Cholera in southern India
Disease focus: Cholera
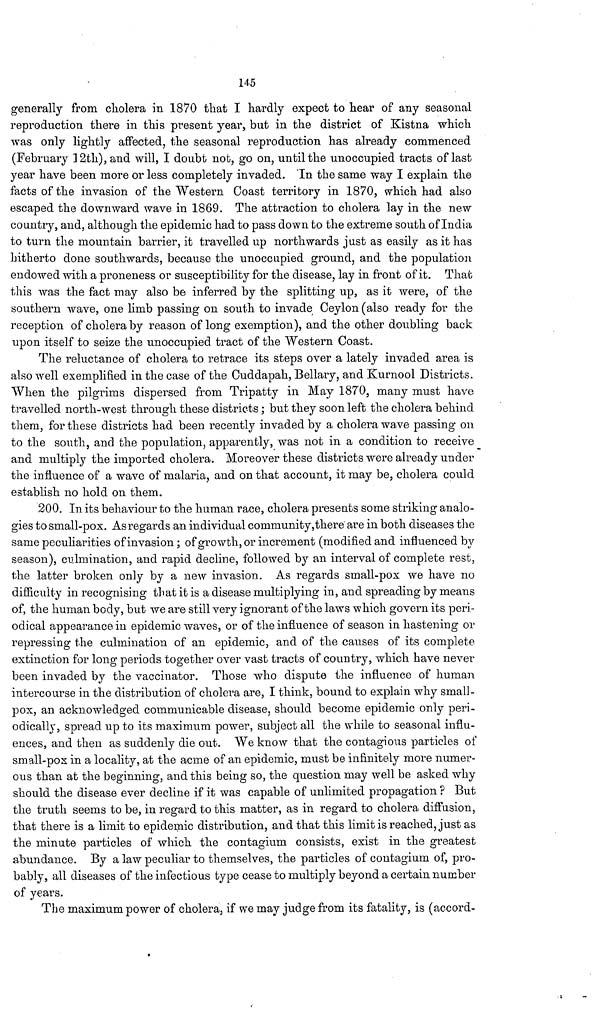
145
generally from cholera in 1870 that I hardly expect to hear of any seasonal
reproduction there in this present year, but in the district of Kistna which
was only lightly affected, the seasonal reproduction has already commenced
(February 12th), and will, I doubt not, go on, until the unoccupied tracts of last
year have been more or less completely invaded. In the same way I explain the
facts of the invasion of the Western Coast territory in 1870, which had also
escaped the downward wave in 1869. The attraction to cholera lay in the new
country, and, although the epidemic had to pass down to the extreme south of India
to turn the mountain barrier, it travelled up northwards just as easily as it has
hitherto done southwards, because the unoccupied ground, and the population
endowed with a proneness or susceptibility for the disease, lay in front of it. That
this was the fact may also be inferred by the splitting up, as it were, of the
southern wave, one limb passing on south to invade Ceylon (also ready for the
reception of cholera by reason of long exemption), and the other doubling back
upon itself to seize the unoccupied tract of the Western Coast.
Ihe reluctance of cholera to retrace its steps over a lately invaded area is
also well exemplified in the case of the Cuddapah, Bellary, and Kurnool Districts.
When the pilgrims dispersed from Tripatty in May 1870, many must have
travelled north-west through these districts ; but they soon left the cholera behind
them, for these districts had been recently invaded by a cholera wave passing on
to the south, and the population, apparently, was not in a condition to receive
and multiply the imported cholera. Moreover these districts were already under
the influence of a wave of malaria, and on that account, it may be, cholera could
establish no hold on them.
200. In its behaviour to the human race, cholera presents some striking analo-
gies to small-pox. As regards an individual community,there are in both diseases the
same peculiarities of invasion ; of growth, or increment (modified and influenced by
season), culmination, and rapid decline, followed by an interval of complete rest,
the latter broken only by a new invasion. As regards small-pox we have no
difficulty in recognising that it is a disease multiplying in, and spreading by means
of, the human body, but we are still very ignorant of the laws which govern its peri-
odical appearance in epidemic waves, or of the influence of season in hastening or
repressing the culmination of an epidemic, and of the causes of its complete
extinction for long periods together over vast tracts of country, which have never
been invaded by the vaccinator. Those who dispute the influence of human
intercourse in the distribution of cholera are, I think, bound to explain why small-
pox, an acknowledged communicable disease, should become epidemic only peri-
odically, spread up to its maximum power, subject all the while to seasonal influ-
ences, and then as suddenly die out. We know that the contagious particles of
small-pox in a locality, at the acme of an epidemic, must be infinitely more numer-
ous than at the beginning, and this being so, the question may well be asked why
should the disease ever decline if it was capable of unlimited propagation ? But
the truth seems to be, in regard to this matter, as in regard to cholera diffusion,
that there is a limit to epidemic distribution, and that this limit is reached, just as
the minute particles of which the contagium consists, exist in the greatest
abundance. By a law peculiar to themselves, the particles of contagium of, pro-
bably, all diseases of the infectious type cease to multiply beyond a certain number
of years.
The maximum power of cholera, if we may judge from its fatality, is (accord-